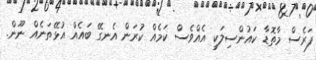
ފަރެސް މާތޮޑާ ކައުންސިލަކީ އެއްވެސް ކަމެއް ކުރަން އެނގޭ ބައެއް އުޅޭތަނެއް ނޫން.